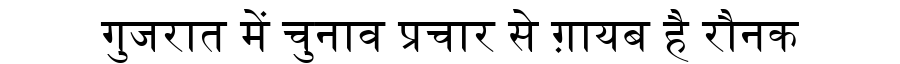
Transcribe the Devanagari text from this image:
गुजरात में चुनाव प्रचार से ग़ायब है रौनक